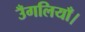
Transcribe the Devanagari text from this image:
उँगलियाँ।